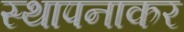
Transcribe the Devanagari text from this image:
स्थापनाकर